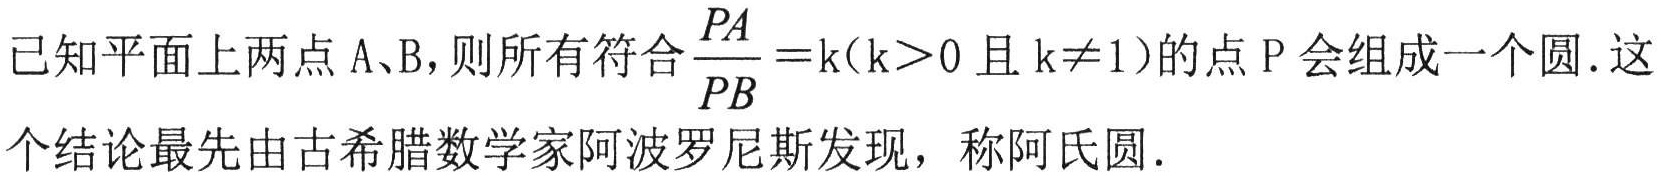
已知平面上两点\(A、B\)，则所有符合\(\frac{PA}{PB}=k\)（\(k > 0\)且\(k\neq1\)）的点\(P\)会组成一个圆. 这个结论最先由古希腊数学家阿波罗尼斯发现，称阿氏圆.